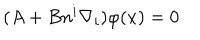
( A + B n ^ { i } \nabla _ { i } ) \varphi ( x ) = 0